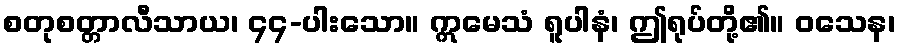
စတုစတ္တာလီသာယ၊ ၄၄-ပါးသော။ ဣမေသံ ရူပါနံ၊ ဤရုပ်တို့၏။ ဝသေန၊